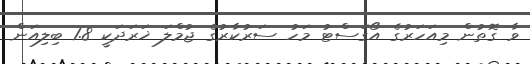
ވާ ގޮތުން މިއަހަރުގެ އޯގަސްޓު މަހު ސަރުކާރުގެ ޖުމްލަ ޚަރަދަކީ 1.8 ބިލިއަން